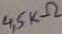
Text: 45KΩ